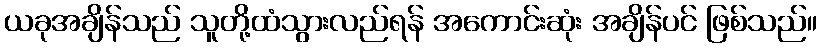
ယခုအချိန်သည် သူတို့ထံသွားလည်ရန် အကောင်းဆုံး အချိန်ပင် ဖြစ်သည်။